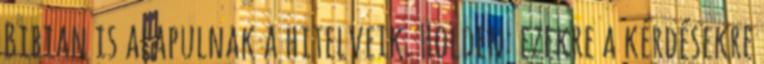
Bibian is alapulnak a hitelveik. Holden: ezekre a kérdésekre